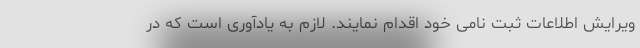
ویرایش اطلاعات ثبت نامی خود اقدام نمایند. لازم به یادآوری است که در